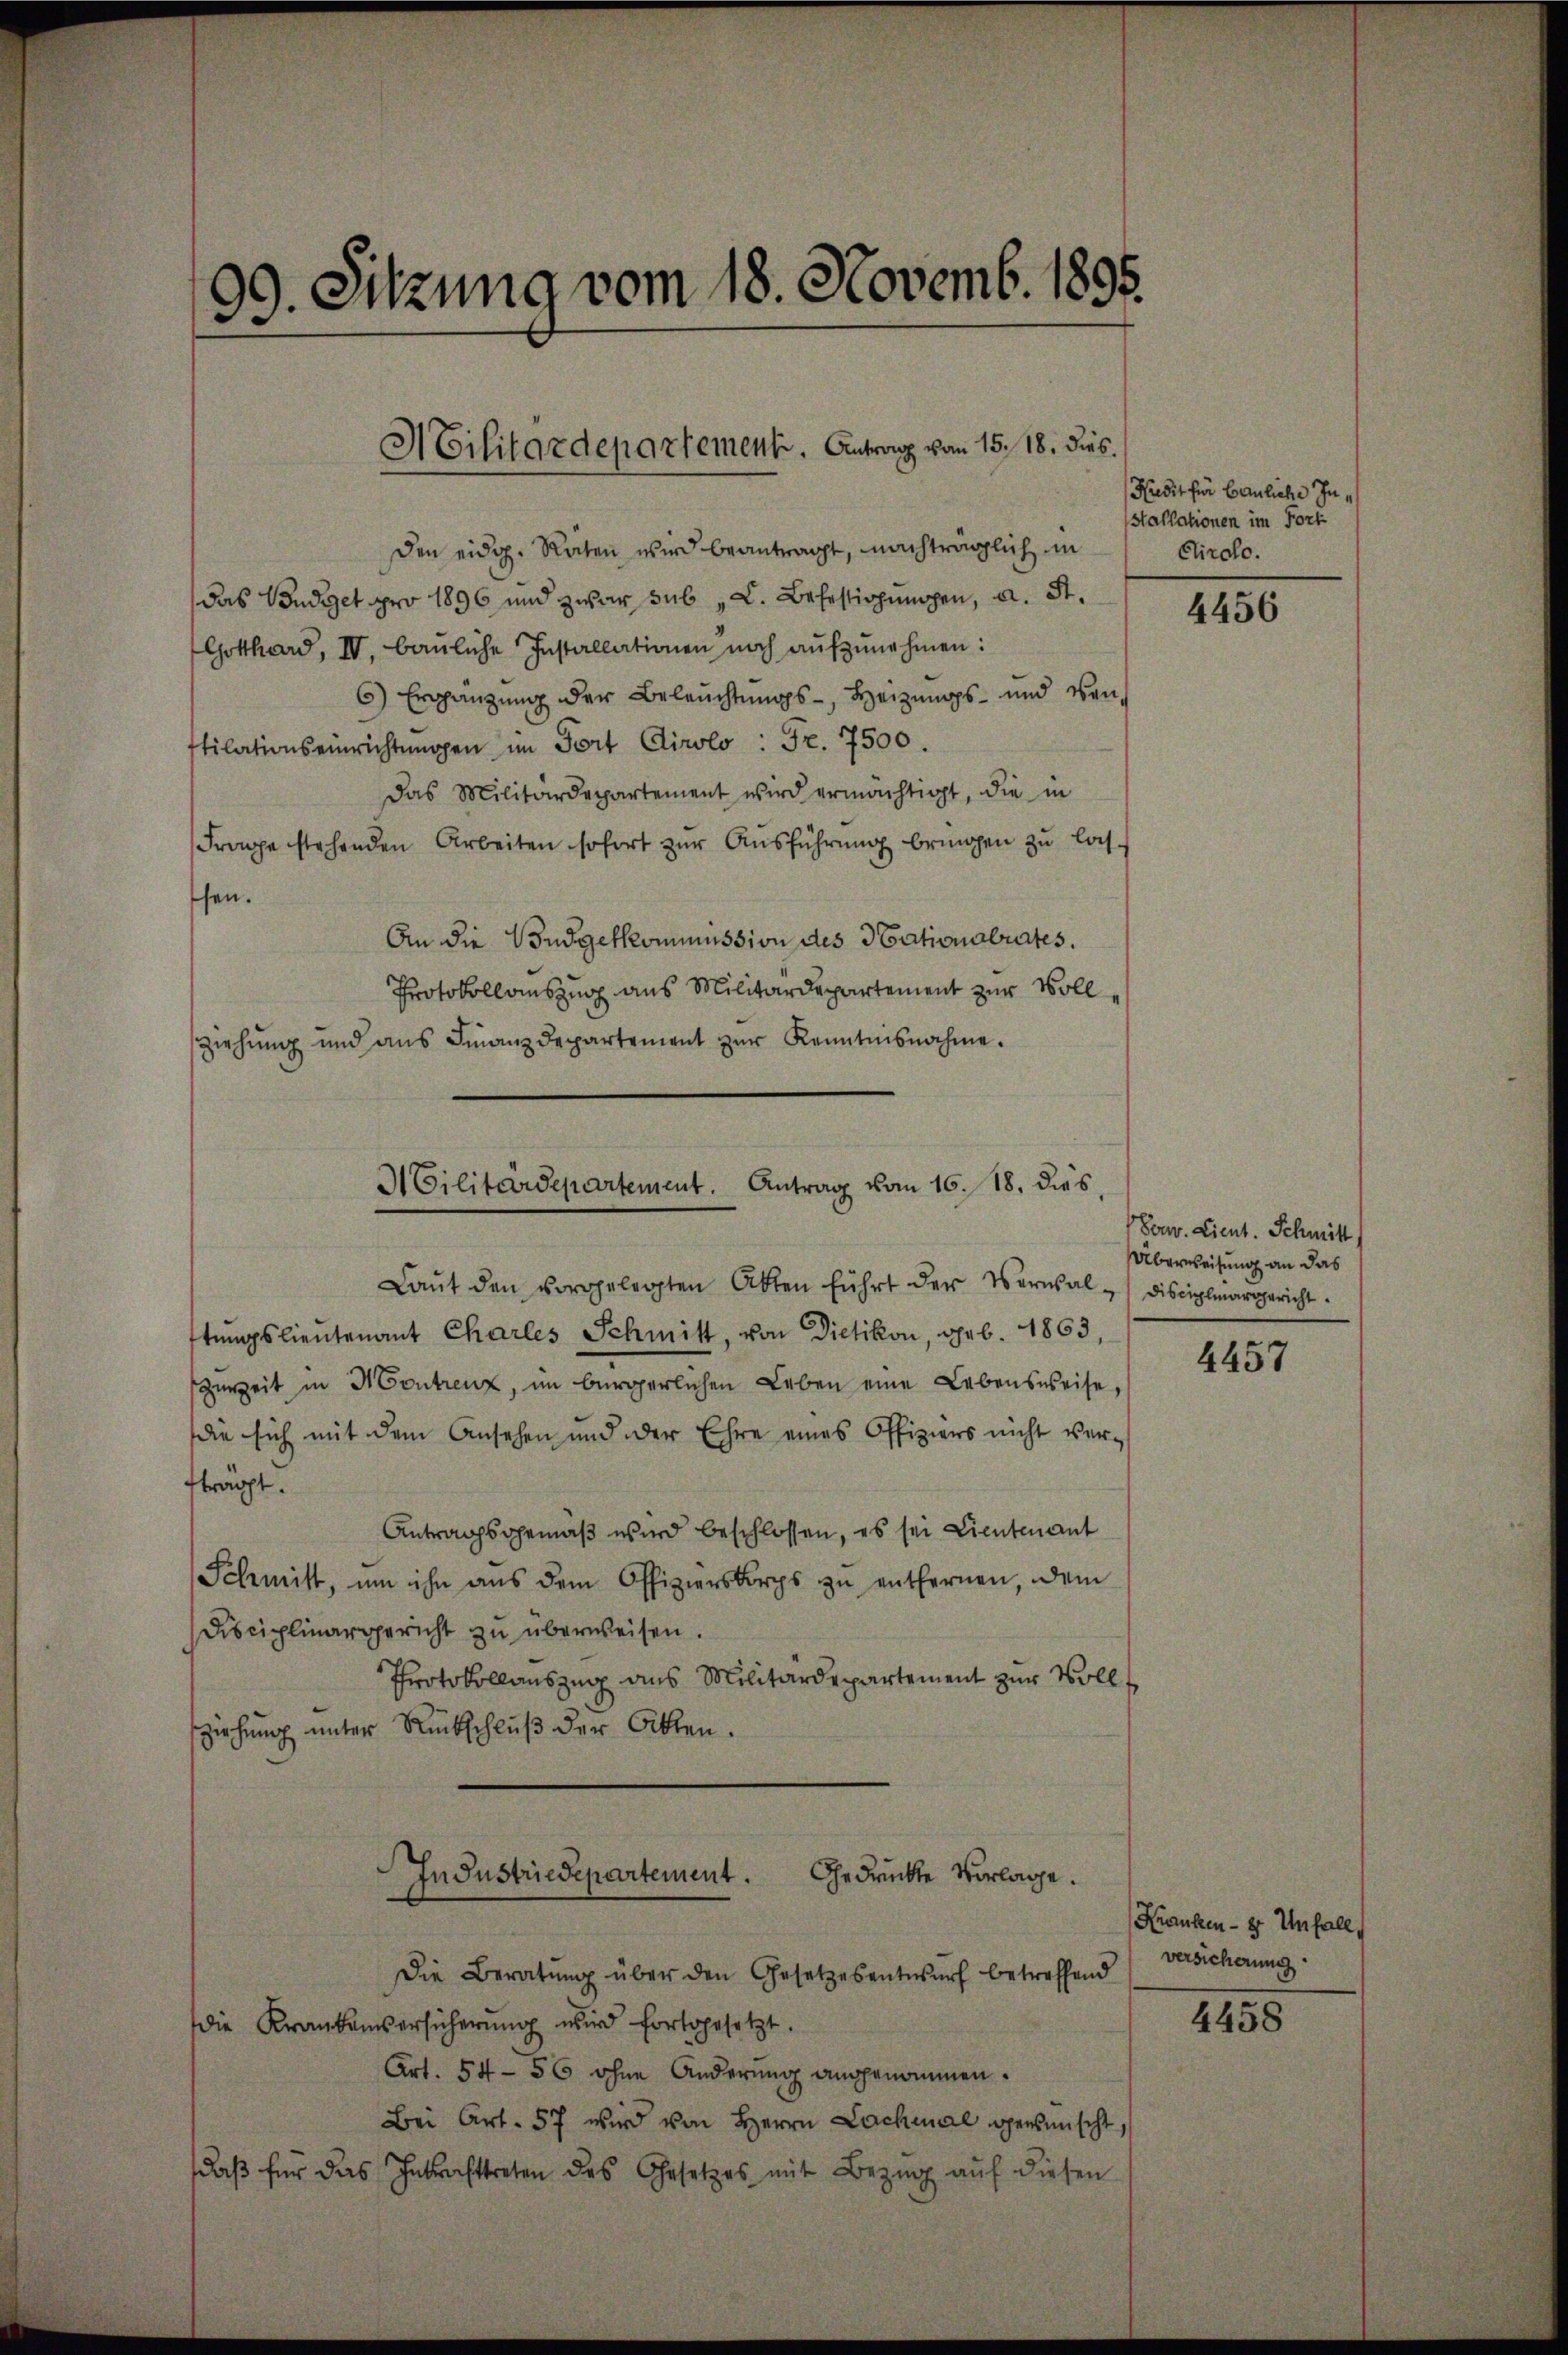
Den eidg. Raten wird beantragt, nachträglich in
das Budget pro 1896 und zwar sub "L. Befestigungen, a. St.
Gotthard, IV, bauliche Installationen noch aufzunehmen:
6) Ergänzung der Beleŭchtŭngs-, Heizungs- und wen¬
Etilationseinrichtŭngen im Fort Cirolo : Fr. 7500.
das Militärdepartement wird ermächtigt, die in
Frage stehenden Arbeiten sofort zŭr Aŭsführŭng bringen zu lasshen.
An die Budgetkommission des Stationalrates.
Protokollauszug aus Militärdepartement zur Voll¬
Ziehŭng und ans Finanzdepartement zŭr Kenntnisnahme.
Laŭt den vorgelegten Akten führt der Verwal-Disciplinargericht.
tŭngslieutenant Charles Schmitt, von Dietikon, geb. 1863,
zurzeit in Montrenz, im bürgerlichen Leben eine Lebensweise,
die sich mit dem Ansehen und der Ehre eines Offiziers nicht ver-
ftragt.
Antragsgemäß wird beschlossen, es sei Lieutenant
Schmitt, um ihn aŭs dem Offizierskorps zŭ entfernen, dem
Disciplinargericht zu überweisen.
Protokollauszug aus Militärdepartement zur Vollziehung unter Rückschluß der Akten.
Industriedepartement.
Gedrückte Verlage.
Die Beratŭng über den Gesetzesentwŭrf betreffend
die Krankenversicherung wird fortgesetzt.
Art. 54 - 56 ohne Anderung angenommen.
Bei Art. 57 wird von Herrn Lachmal gewünscht,
daβ für das Inkrafttreten des Gesetzes mit Bezug auf diesen

99. Sitzung vom 18. Novemb. 1895.

Militärdepartement. Antrag vom 15. 18. dies

I Cilitärdepartement. Antrag vom 16. 18. dies

Hudit für Bauliche In¬
Stallationen im Fort
Ctirolo.

4456

Son. Lieut. Schmitt
Überweisung an das

4457

Kranken - 8 Unfall
versicherung

4458